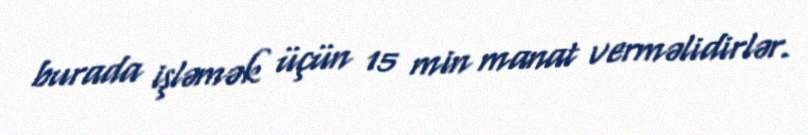
burada işləmək üçün 15 min manat verməlidirlər.